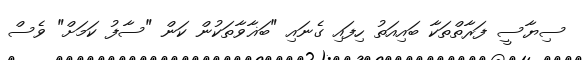
ސިޔާސީ ފަރާތްތަކާ ބައިއަތު ހިފައި ގެނައި "ބަޣާވާތަކުން ކަން "ސާފު ކަމަށް" ވެސް